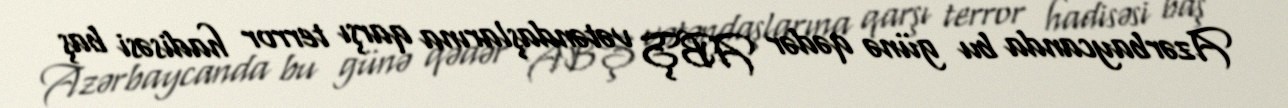
Azərbaycanda bu günə qədər ABŞ vətəndaşlarına qarşı terror hadisəsi baş